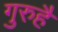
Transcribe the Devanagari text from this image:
गुरुहै